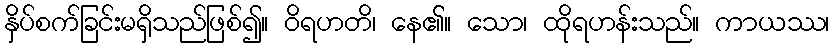
နှိပ်စက်ခြင်းမရှိသည်ဖြစ်၍။ ဝိရဟတိ၊ နေ၏။ သော၊ ထိုရဟန်းသည်။ ကာယဿ၊